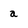
Character: a